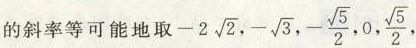
的斜率等可能地取 -2 \sqrt{2},- \sqrt{3},- \frac{\sqrt{5}}{2},0, \frac{\sqrt{5}}{2},